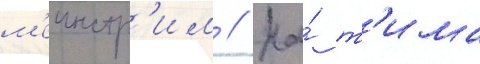
м'еинстр'им // На́ т'има